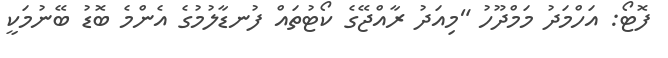
ފޮޓޯ: އަހްމަދު މަމްދޫހު "މިއަދު ރާއްޖޭގެ ކޯޓުތައް ފުނޑާލުމުގެ އެންމެ ބޮޑު ބޭނުމަކީ